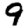
Digit: 9